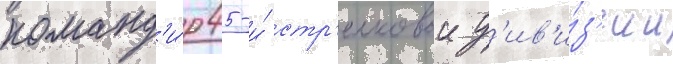
команд'и́р 45-и́ стр'елковои д'ив'и́з'ии